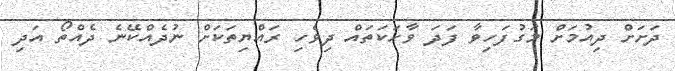
ދަށަށް ދިއުމަށް މަގުފަހިވާ ފަދަ ވާހަކަތައް ދިވެހި ރައްޔިތަކަށް ނުދެއްކޭނެ ދެއްތޯ އަދި